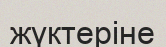
жүктеріне